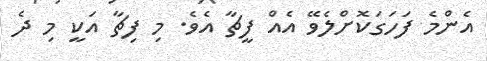
އެންމެ ފަހަގަކޮށްލެވޭ އެއް ފީޗާ އެވެ. މި ފިޗާ އަކީ މި ދެ